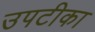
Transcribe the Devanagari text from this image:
उपटीका